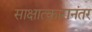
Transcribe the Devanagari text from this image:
साक्षात्कारानंतर